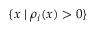
\{ x \mid \rho _ { i } ( x ) > 0 \}